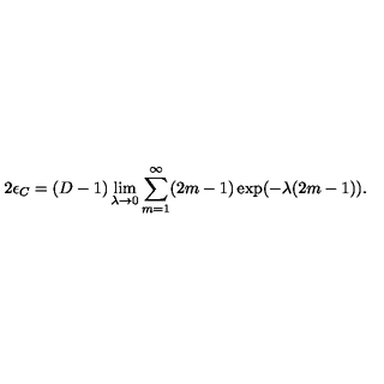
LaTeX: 2 \epsilon _ { C } = ( D - 1 ) \lim _ { \lambda \to 0 } \sum _ { m = 1 } ^ { \infty } ( 2 m - 1 ) \exp ( - \lambda ( 2 m - 1 ) ) .